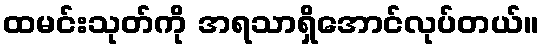
ထမင်းသုတ်ကို အရသာရှိအောင်လုပ်တယ်။